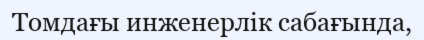
Томдағы инженерлік сабағында,